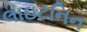
લાઇટનિન